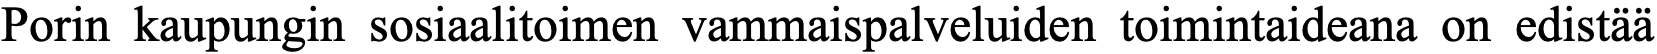
Porin kaupungin sosiaalitoimen vammaispalveluiden toimintaideana on edistää